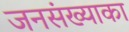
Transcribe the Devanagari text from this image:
जनसंख्याका